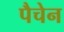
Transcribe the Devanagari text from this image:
पैचेन